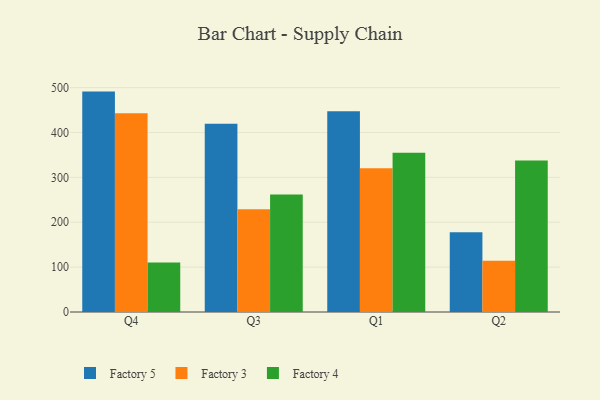
{"axis": {"x": "Quarter", "y": "Shipments"}, "legend": ["Factory 3", "Factory 4", "Factory 5"], "data": [{"x": "Q4", "y": 491.1, "type": "Factory 5"}, {"x": "Q4", "y": 442.6, "type": "Factory 3"}, {"x": "Q4", "y": 110.4, "type": "Factory 4"}, {"x": "Q3", "y": 419.2, "type": "Factory 5"}, {"x": "Q3", "y": 229.1, "type": "Factory 3"}, {"x": "Q3", "y": 261.6, "type": "Factory 4"}, {"x": "Q1", "y": 447.2, "type": "Factory 5"}, {"x": "Q1", "y": 320.2, "type": "Factory 3"}, {"x": "Q1", "y": 354.7, "type": "Factory 4"}, {"x": "Q2", "y": 177.5, "type": "Factory 5"}, {"x": "Q2", "y": 114.1, "type": "Factory 3"}, {"x": "Q2", "y": 337.6, "type": "Factory 4"}]}